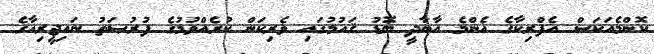
ކޮންމެއަކަސް އެފްރިކާގެ އެންމެ އާބާދީ ބޮޑު ޤައުމުގައި ވެރިކަން ކުރެއްވުމުގެ ފުރުޞަތު ނައިޖީރިއާގެ